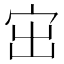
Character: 𡧨